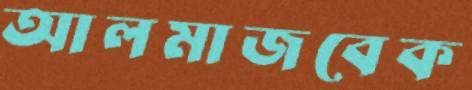
আলমাজবেক